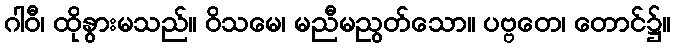
ဂါဝီ၊ ထိုနွားမသည်။ ဝိသမေ၊ မညီမညွတ်သော။ ပဗ္ဗတေ၊ တောင်၌။